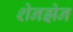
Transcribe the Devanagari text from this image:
शेनझेन